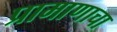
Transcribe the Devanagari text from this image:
प्रामाणाचा